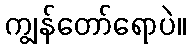
ကျွန်တော်ရောပဲ။